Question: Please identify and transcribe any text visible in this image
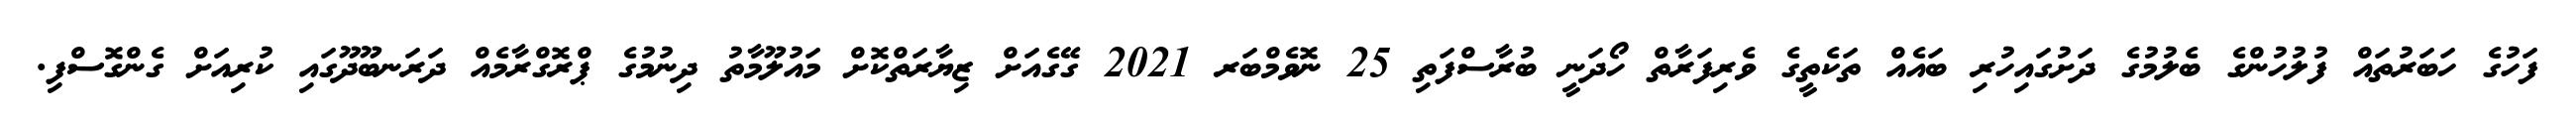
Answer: ފަހުގެ ހަބަރުތައް ފުލުހުންގެ ބެލުމުގެ ދަށުގައިހުރި ބައެއް ތަކެތީގެ ވެރިފަރާތް ހޯދަނީ ބުރާސްފަތި 25 ނޮވެމްބަރ 2021 ގޭގެއަށް ޒިޔާރަތްކޮށް މައުލޫމާތު ދިނުމުގެ ޕްރޮގްރާމެއް ދަރަނބޫދޫގައި ކުރިއަށް ގެންގޮސްފި.